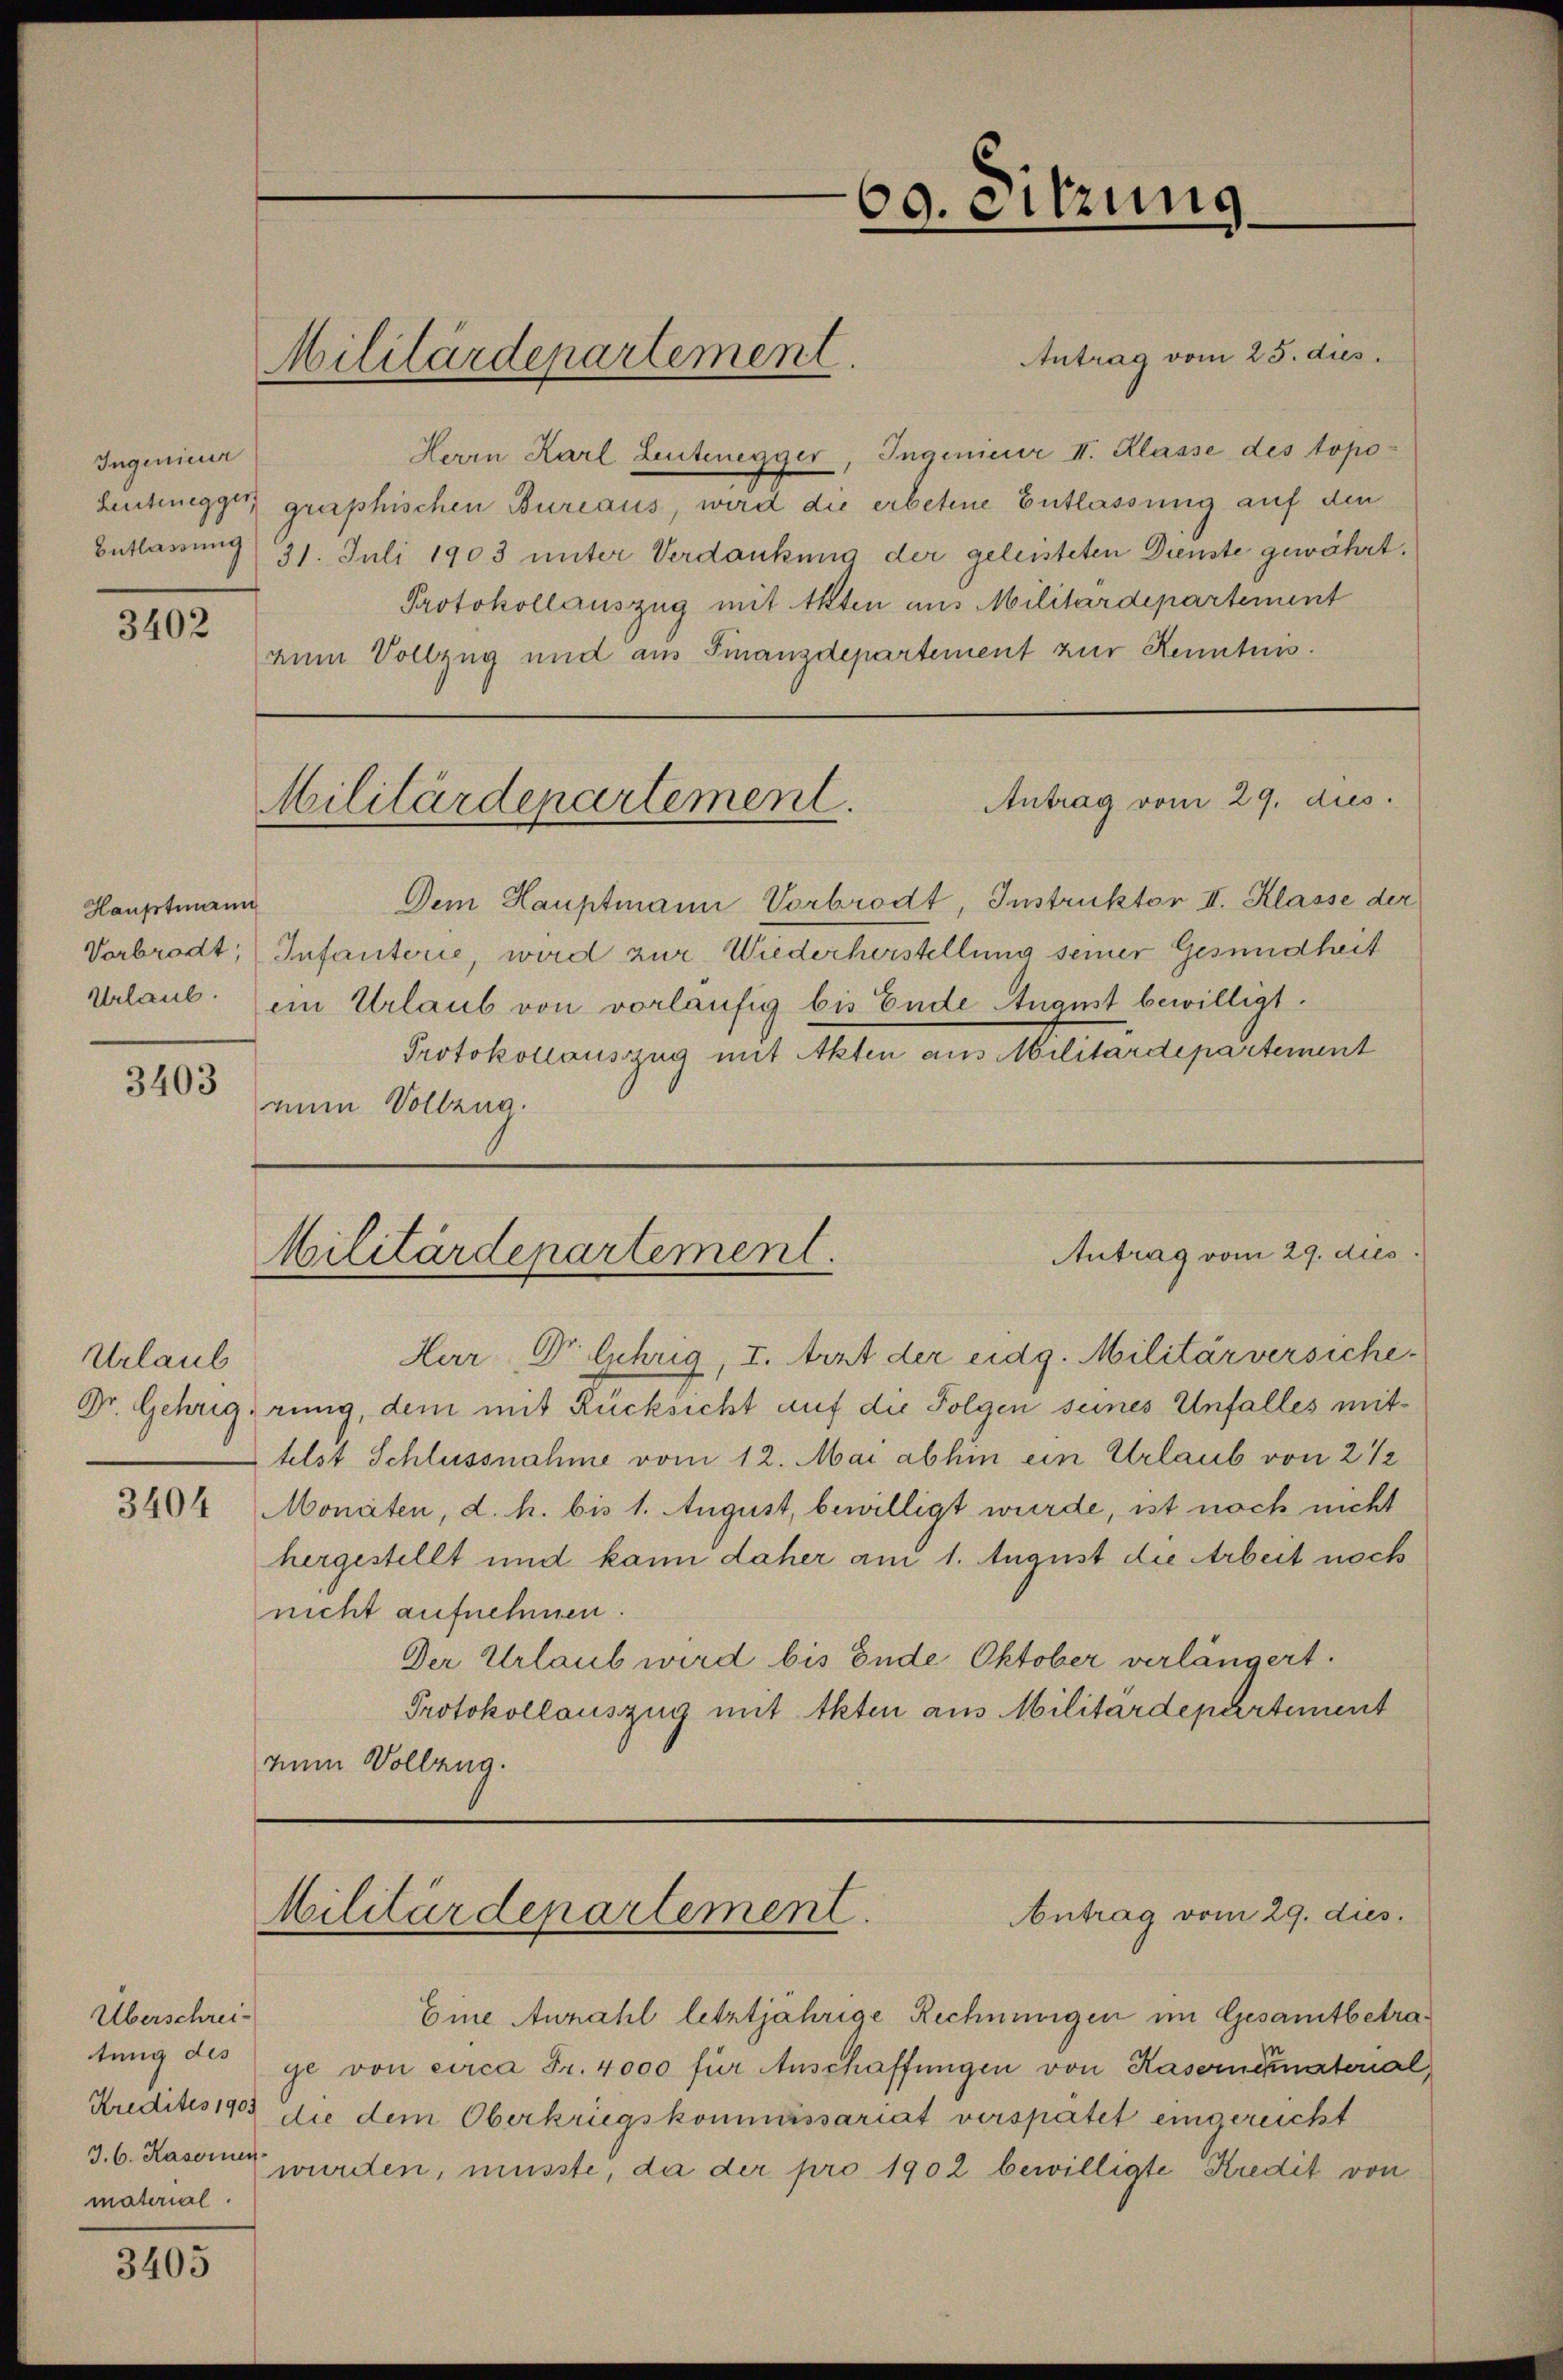
Ingenieur

3402

Hauptmann

Urlaub.

Überschreitung des
material

3405

Antrag vom 25. dies
Herrn Karl Leutenegger, Ingenieur II. Klasse des topo¬
Lentwegger graphischen Bureaus, wird die erbetene Entlassung auf den
Entlassung 31. Juli 1903 unter Verdankung der geleisteten Dienste gewährt.
Protokollauszug mit Akten aus Militärdepartement
zum Vollzug und aus Finanzdepartement zur Kenntnis.

Militärdepartement.

Antrag vom 29. dies
Militärdepartement.

Antrag vom 29. dies
Militärdepartement.

69. eitzung

Militärdepartement.
Antrag vom 29. dies

Dem Hauptmann Vorbrodt, Instruktor II. Klasse der
Verbrodt, Infanterie, wird zur Wiederherstellung seiner Gesundheit
Urlaub. ein Urlaub von vorläufig bis Ende August bewilligt.
Protokollausszug mit Akten aus Militärdepartement
3403 eine Solleng.

Har Dr. Gehrig, I. Arzt der eidg. Militärversiche
Dr. Gehrigerung, dem mit Rücksicht auf die Folgen seines Unfalles mittelst Schlussnahme vom 12. Mai abhin ein Urlaub von 2 1/2
3404 Monaten, d. h. bis 1. August, bewilligt wurde, ist noch nicht
hergestellt und kann daher am 1. August die Arbeit noch
nicht aufnehmen.
Der Urlaub wird bis Ende Oktober verlängert.
Protokollauszug mit Akten aus Militärdepartement
num Vollzug.

Eine Anzahl letztjährige Rechnungen im Gesamtbetraje von circa Fr. 4000 für Anschaffungen von Kasernennatorial
Kredites 1903 die dem Oberkriegskommissariat verspätet eingerecht
3.6. Kasern wurden, müsste, da der pro 1902 bewilligte Kredit von